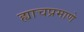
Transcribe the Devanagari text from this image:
ह्याचप्रमाणे